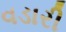
વડારી